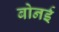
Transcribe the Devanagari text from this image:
बोनई